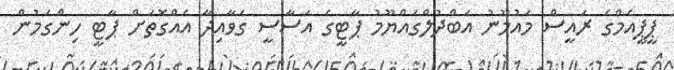
ޕީޕީއެމްގެ ރައީސް މައުމޫނު އަބްދުލްގައްޔޫމު ޕާޓީގެ އަސާސީ ގަވާއިދާ އެއްގޮތަށް ޕާޓީ ހިންގަމުން